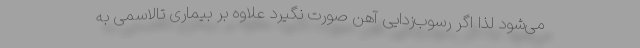
می‌شود لذا اگر رسوب‌زدایی آهن صورت نگیرد علاوه بر بیماری تالاسمی به